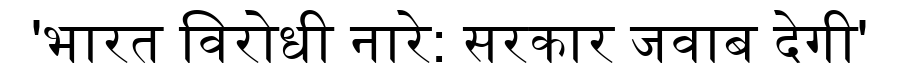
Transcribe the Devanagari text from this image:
'भारत विरोधी नारे: सरकार जवाब देगी'